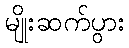
မျိုးဆက်ပွား